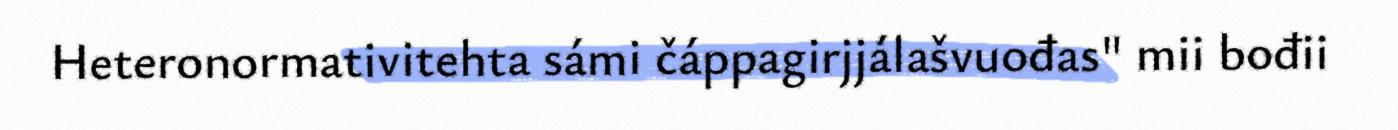
Heteronormativitehta sámi čáppagirjjálašvuođas" mii bođii